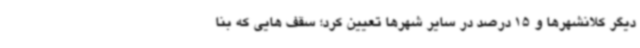
دیگر کلانشهرها و 15 درصد در سایر شهرها تعیین کرد؛ سقف هایی که بنا